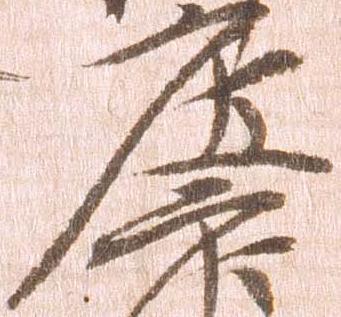
庄